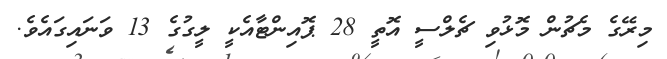
މިރޭގެ މެޗުން މޮޅުވި ޗެލްސީ އޮތީ 28 ޕޮއިންޓާއެކީ ލީގުގެ 13 ވަނައިގައެވެ.